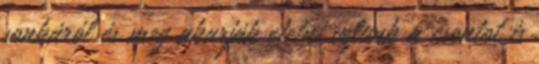
sonkáról és meg akarják etetni velünk a csontot is